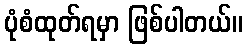
ပုံစံထုတ်ရမှာ ဖြစ်ပါတယ်။